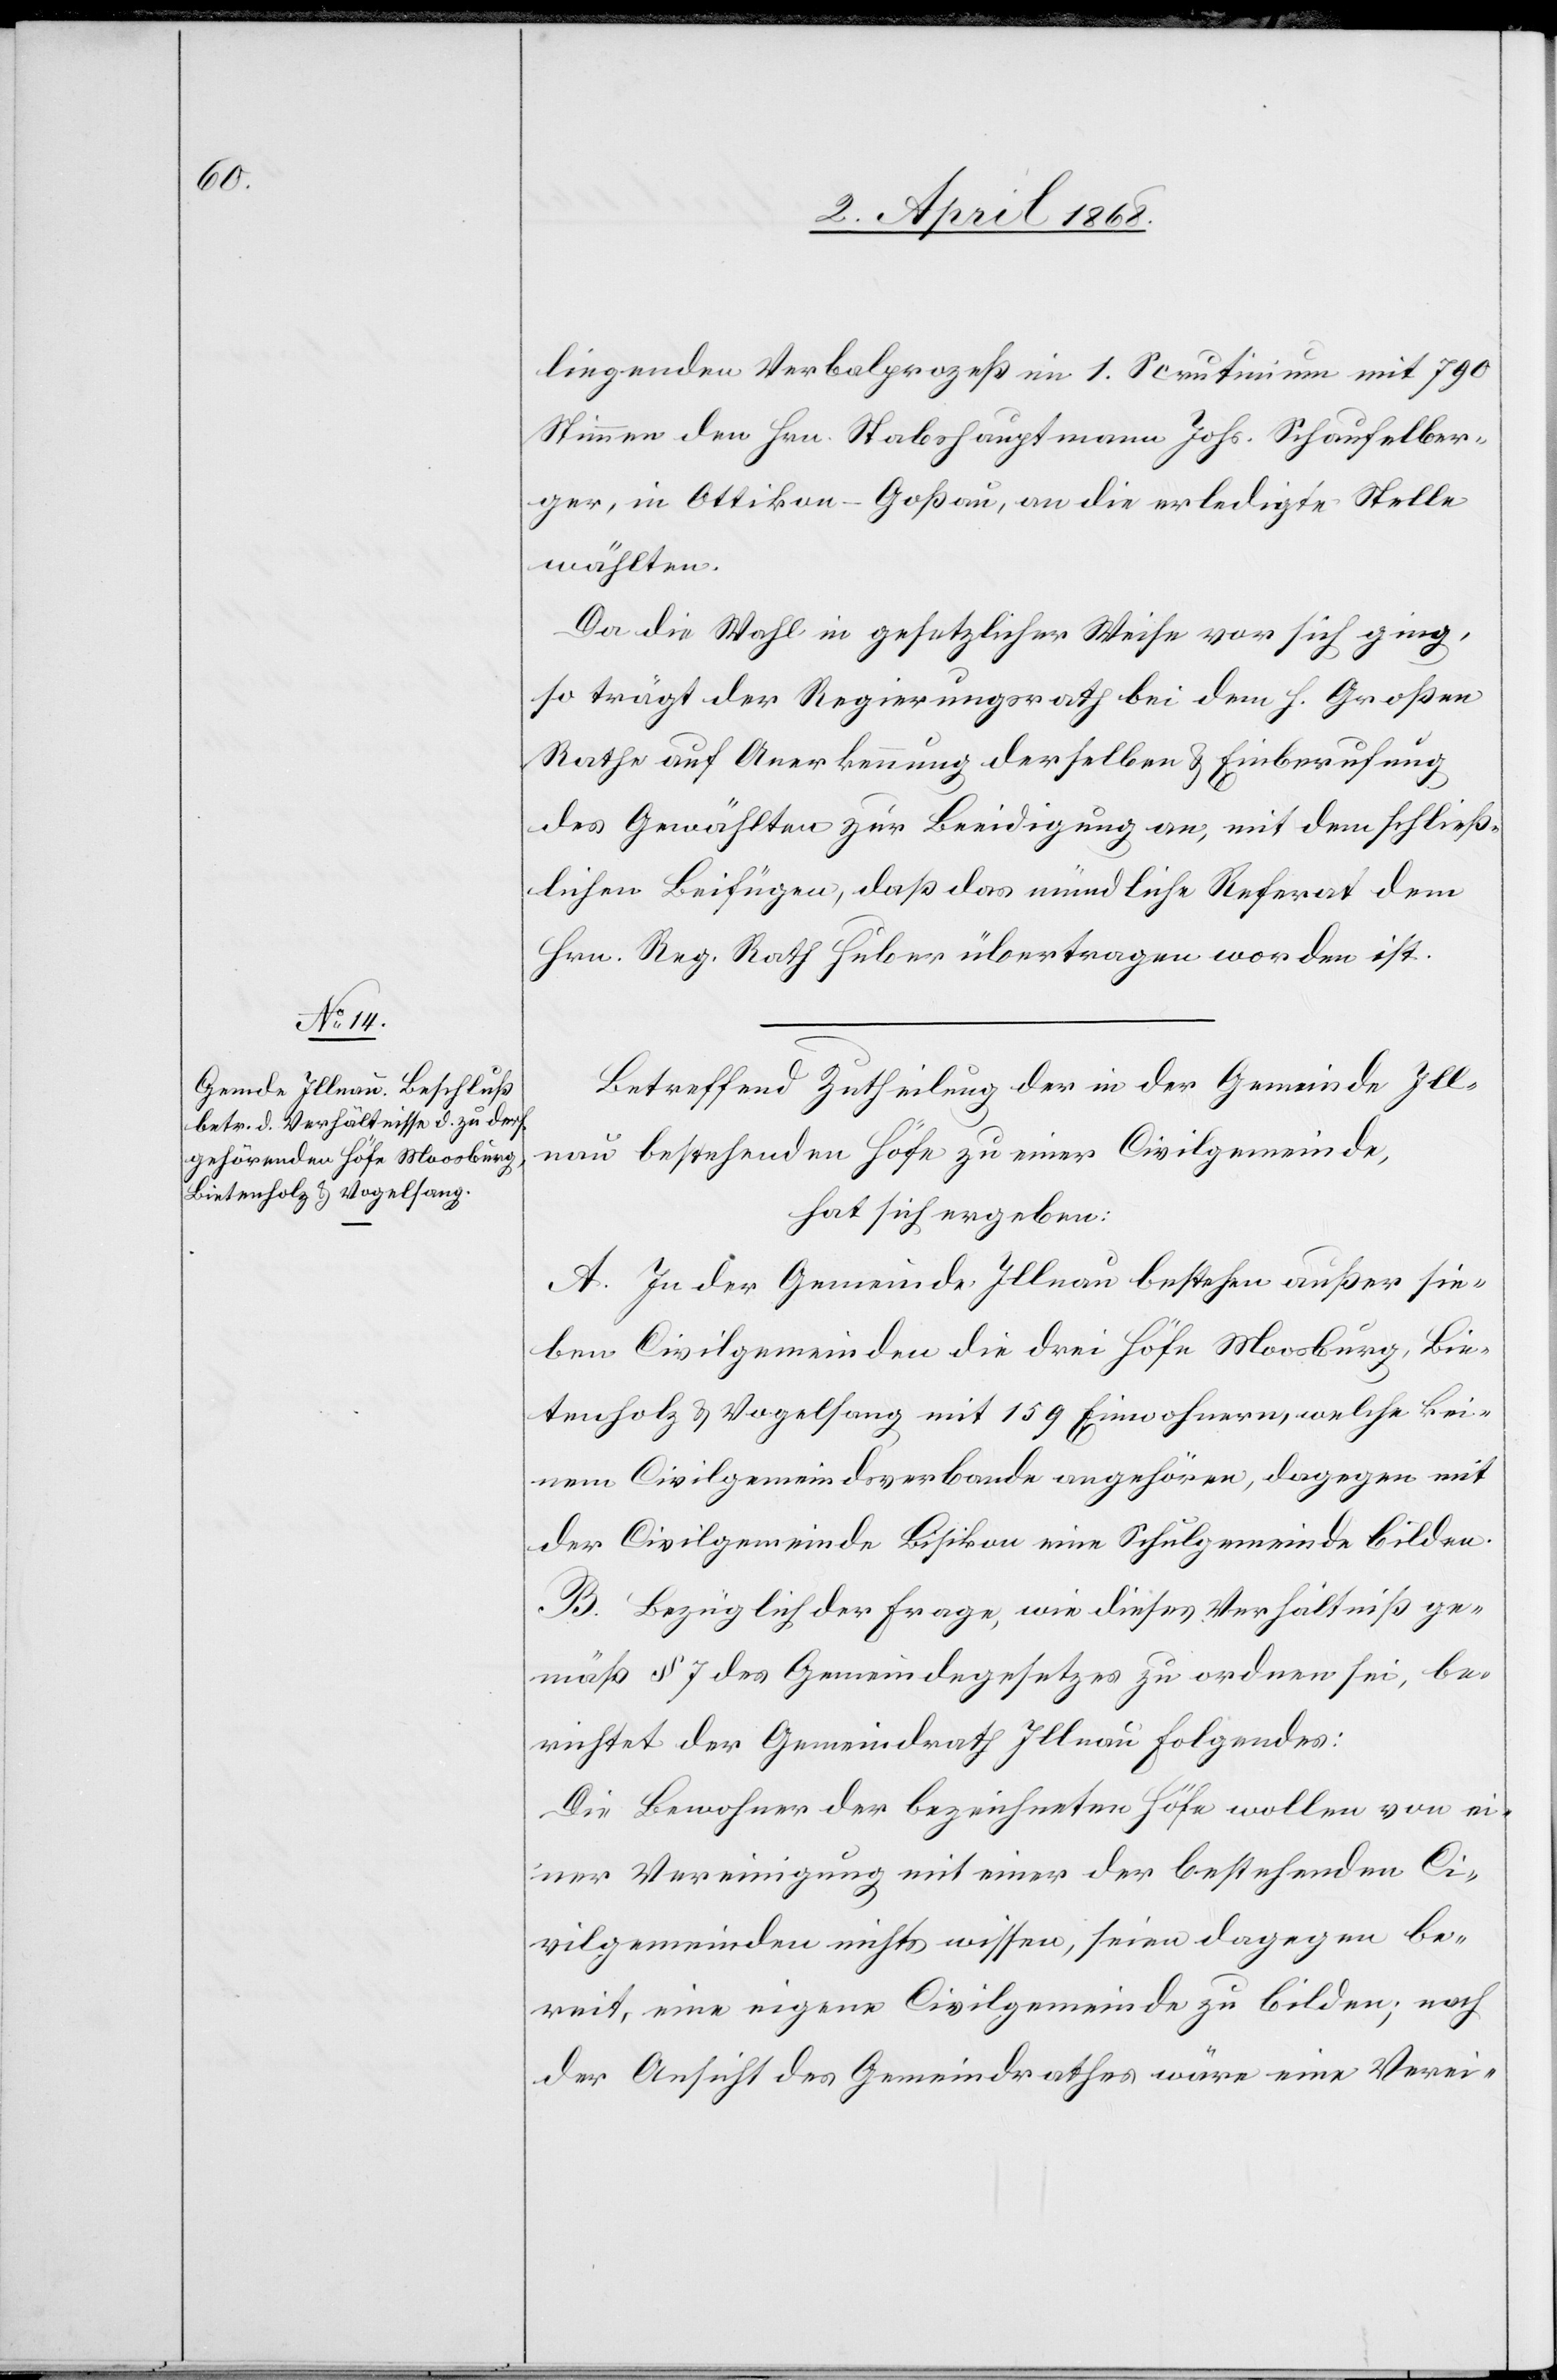
liegenden Verbalprozeß im 1. Scrutinium mit 790
Stimmen den Hrn. Stabshauptmann Johs. Schaufelber¬
ger, in Ottikon-Goßau, an die erledigte Stelle
wählten.
Da die Wahl in gesetzlicher Weise vor sich ging,
so trägt der Regierungsrath bei dem h. Großen
Rathe auf Anerkennung derselben & Einberufung
des Gewählten zur Beeidigung an, mit dem schließ¬
lichen Beifügen, daß das mündliche Referat dem
Hrn. Reg. Rath Huber übertragen worden ist.
Betreffend Zutheilung der in der Gemeinde Ill¬
nau bestehenden Höfe zu einer Civilgemeinde,
hat sich ergeben:
A. In der Gemeinde Illnau bestehen außer sie¬
ben Civilgemeinden die drei Höfe Moosburg, Bie¬
tenholz & Vogelsang mit 159 Einwohnern, welche kei¬
nem Civilgemeindsverbande angehören, dagegen mit
der Civilgemeinde Bisikon eine Schulgemeinde bilden.
B. Bezüglich der Frage, wie dieses Verhältniß ge¬
mäß § 7 des Gemeindegesetzes zu ordnen sei, be¬
richtet der Gemeindrath Illnau Folgendes:
Die Bewohner der bezeichneten Höfe wollen von ei¬
ner Vereinigung mit einer der bestehenden Ci¬
vilgemeinden nichts wissen, seien dagegen be¬
reit, eine eigene Civilgemeinde zu bilden; nach
der Ansicht des Gemeindrathes wäre eine Verei-